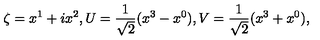
\zeta = x ^ { 1 } + i x ^ { 2 } , { U } = \frac { 1 } { \sqrt { 2 } } ( x ^ { 3 } - x ^ { 0 } ) , { V } = \frac { 1 } { \sqrt { 2 } } ( x ^ { 3 } + x ^ { 0 } ) ,